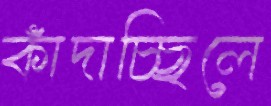
কাঁদাচ্ছিলে